Etiology and epidemiology of plague
Disease focus: Plague
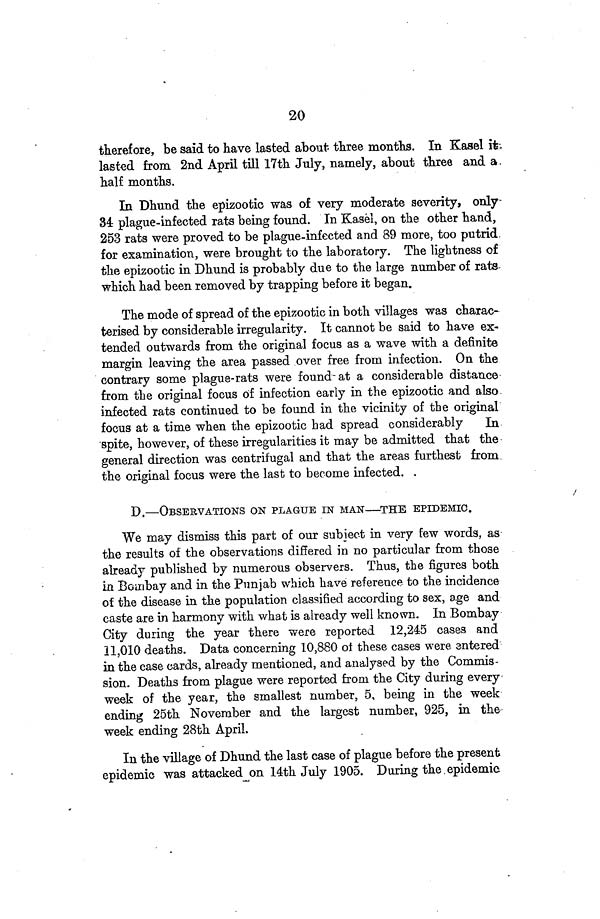
20
therefore, be said to have lasted about three months. In Kasel it
lasted from 2nd April till 17th July, namely, about three and a
half months.
In Dhund the epizootic was of very moderate severity, only-
34 plague-infected rats being found. In Kasel, on the other hand,
253 rats were proved to be plague-infected and 89 more, too putrid
for examination, were brought to the laboratory. The lightness of
the epizootic in Dhund is probably due to the large number of rats
which had been removed by trapping before it began.
The mode of spread of the epizootic in both villages was charac-
terised by considerable irregularity. It cannot be said to have ex-
tended outwards from the original focus as a wave with a definite
margin leaving the area passed over free from infection. On the
contrary some plague-rats were found-at a considerable distance
from the original focus of infection early in the epizootic and also
infected rats continued to be found in the vicinity of the original
focus at a time when the epizootic had spread considerably
In
spite, however, of these irregularities it may be admitted that the
general direction was centrifugal and that the areas furthest from
the original focus were the last to become infected
D.—OBSERVATIONS ON PLAGUE IN MAN—THE EPIDEMIC.
We may dismiss this part of our subject in very few words, as
the results of the observations differed in no particular from those
already published by numerous observers. Thus, the figures both
in Bombay and in the Punjab which have reference to the incidence
of the disease in the population classified according to sex, age and
caste are in harmony with what is already well known. In Bombay
City during the year there were reported 12,245 cases and
11,010 deaths. Data concerning 10,880 of these cases were entered
in the case cards, already mentioned, and analysed by the Commis-
sion. Deaths from plague were reported from the City during every
week of the year, the smallest number, 5, being in the week
ending 25th November and the largest number, 925, in the
week ending 28th April.
In the village of Dhund the last case of plague before the present
epidemic was attacked on 14th July 1905. During the epidemic